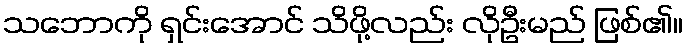
သဘောကို ရှင်းအောင် သိဖို့လည်း လိုဦးမည် ဖြစ်၏။